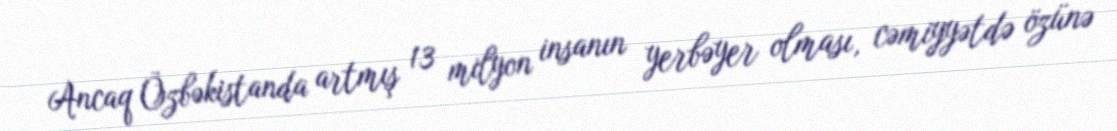
Ancaq Özbəkistanda artmış 13 milyon insanın yerbəyer olması, cəmiyyətdə özünə